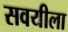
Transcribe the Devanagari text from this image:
सवयीला